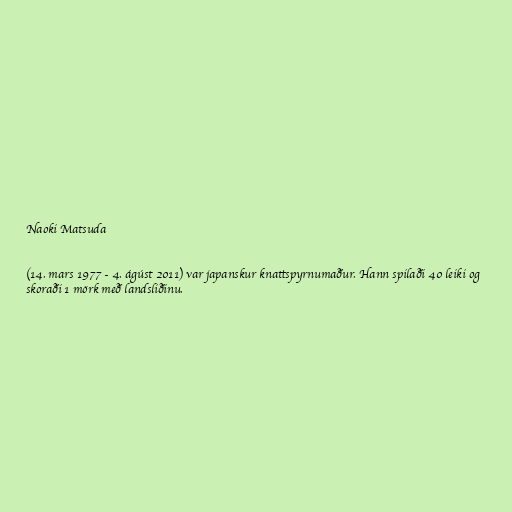
Naoki Matsuda

(14. mars 1977 - 4. ágúst 2011) var japanskur knattspyrnumaður. Hann spilaði 40 leiki og
skoraði 1 mörk með landsliðinu.